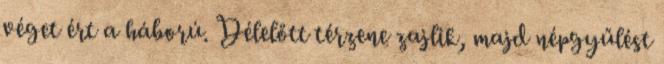
véget ért a háború. Délelőtt térzene zajlik, majd népgyűlést